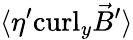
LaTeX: \langle\eta^{\prime}\mathrm{curl}_{y}{\vec{B}}^{\prime}\rangle